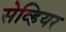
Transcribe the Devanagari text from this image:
सेव्हियर